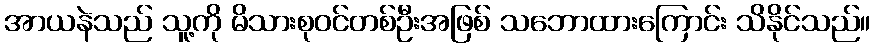
အာယနဲသည် သူ့ကို မိသားစုဝင်တစ်ဦးအဖြစ် သဘောထားကြောင်း သိနိုင်သည်။